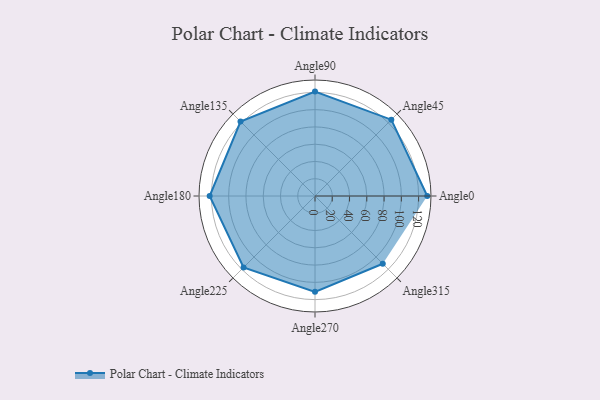
{"axis": {"x": "Angle", "y": "Radius"}, "legend": [""], "data": [{"x": "Angle0", "y": 130.0, "type": ""}, {"x": "Angle45", "y": 125.0, "type": ""}, {"x": "Angle90", "y": 121.0, "type": ""}, {"x": "Angle135", "y": 122.0, "type": ""}, {"x": "Angle180", "y": 122.0, "type": ""}, {"x": "Angle225", "y": 117.0, "type": ""}, {"x": "Angle270", "y": 111.0, "type": ""}, {"x": "Angle315", "y": 111.0, "type": ""}]}